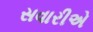
સવારીએ